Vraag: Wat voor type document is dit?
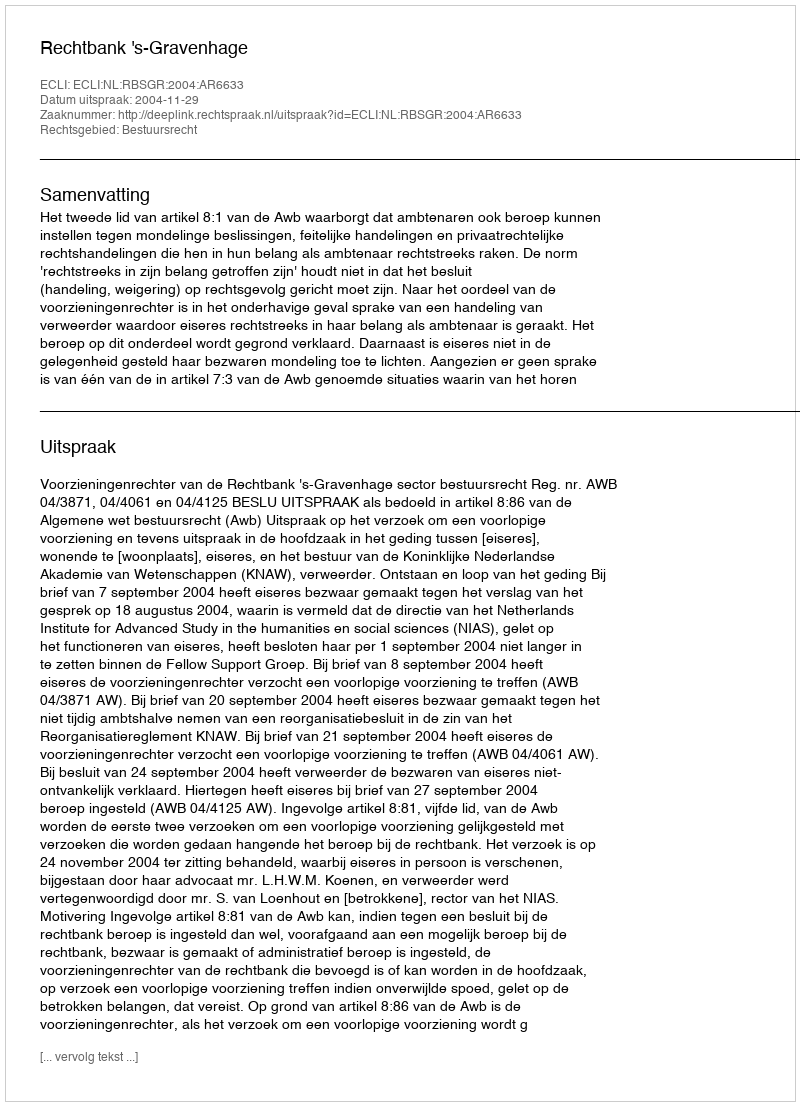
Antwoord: Uitspraak